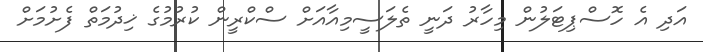
އަދި އެ ހޮސްޕިޓަލުން މިހާރު ދަނީ ތެލަސީމިއާއަށް ސްކްރީން ކުރުމުގެ ޚިދުމަތް ފެށުމަށް